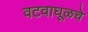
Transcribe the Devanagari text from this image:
वटवाघूळचे